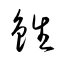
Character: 鉎